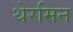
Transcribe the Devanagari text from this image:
थेरमिन